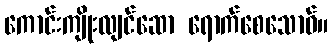
ကောင်းကျိုးလျင်ဆော ရောက်စေသောဝ်။